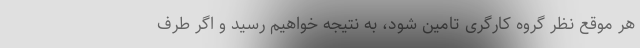
هر موقع نظر گروه کارگری تامین شود، به نتیجه خواهیم رسید و اگر طرف